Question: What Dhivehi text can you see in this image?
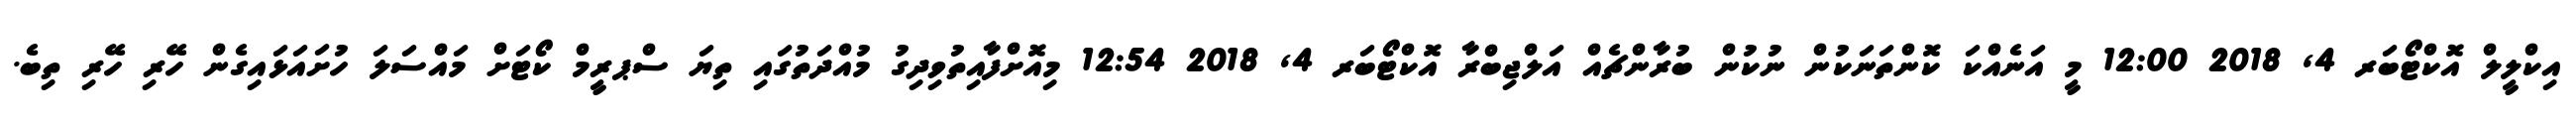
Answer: އިކްލީލް އޮކްޓޯބަރ 4, 2018 12:00 މީ އަނެއްކަ ކޮންތަނަކުން ނުކުން ބުރާންޗެއް އަލްޖިބްރާ އޮކްޓޯބަރ 4, 2018 12:54 މިއޮށްފާއިތުވިދިގު މުއްދަތުގައި ތިޔަ ސްޕރީމް ކޯޓަށް މައްސަލަ ހުށައަޅައިގެން ހޭރި ހޭރި ތިބެ.